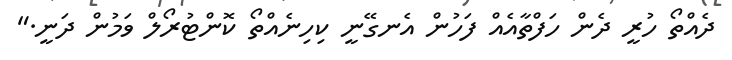
ދެއްތޯ ހުރީ ދެން ހަފްތާއެއް ފަހުން އެނގޭނީ ކިހިނެއްތޯ ކޮންޓުރޯލް ވަމުން ދަނީ."